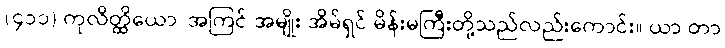
(၄၁၁) ကုလိတ္ထိယော၊ အကြင် အမျိုး အိမ်ရှင် မိန်းမကြီးတို့သည်လည်းကောင်း။ ယာ တာ